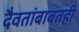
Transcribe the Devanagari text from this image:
दैवतांबाबतही